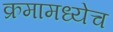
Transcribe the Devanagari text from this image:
क्रमामध्येच